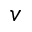
v